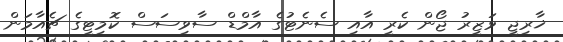
ޚާރިޖީ ވަޒީރު ޖޯން ކެރީ އާއި ސެނެޓުގެ އާމްޑް ސާވިސަސް ކޮމިޓީގެ ޗެއާމަން